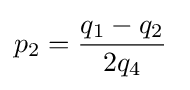
p_{2}={\frac {q_{1}-q_{2}}{2q_{4}}}\